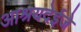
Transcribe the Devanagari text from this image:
आश्रयदेईजे